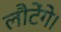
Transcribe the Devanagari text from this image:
लौटेंगे।